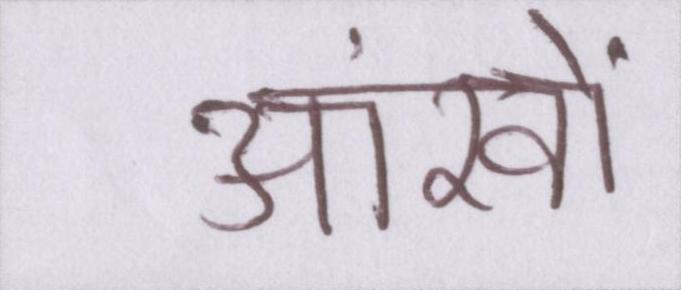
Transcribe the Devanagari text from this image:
आंखों